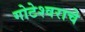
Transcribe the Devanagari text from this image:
गोटेश्वराचे